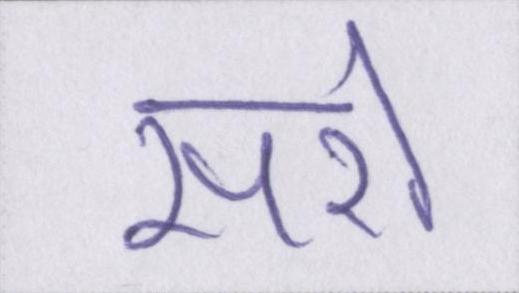
सरो